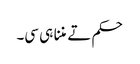
حکم تے مننا ہی سی۔